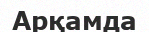
Арқамда